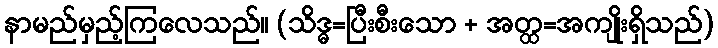
နာမည်မှည့်ကြလေသည်။ (သိဒ္ဓ=ပြီးစီးသော + အတ္ထ=အကျိုးရှိသည်)